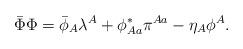
LaTeX: \begin{align*} \bar{\Phi}\Phi=\bar{\phi}_A\lambda^A+\phi^*_{Aa}\pi^{Aa}-\eta_A\phi^A.\end{align*}